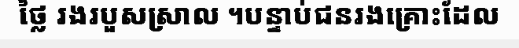
ថ្លៃ រងរបួសស្រាល ។បន្ទាប់ជនរងគ្រោះដែល